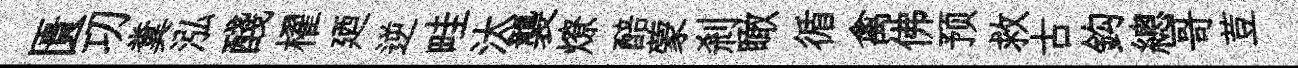
匱㓛糞泓醆櫂廼逆畦汰襲燎醅蒙剎瞰循禽佛预救古鈎總哥荳